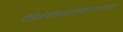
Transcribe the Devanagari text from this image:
पॉलीऑक्सीबेन्ज़ाइलमेथाइलीनग्लाइकोऐनहाइड्राइड